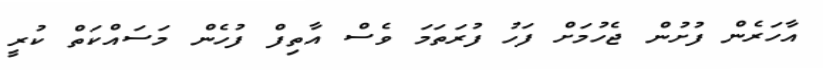
އާހަރެން ފުށުން ޖެހުމަށް ފަހު ފުރަތަމަ ވެސް އާތިފް ފުހެން މަސައްކަތް ކުރީ